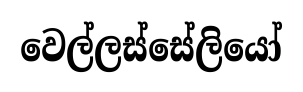
වෙල්ලස්සේලියෝ